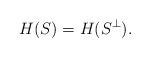
LaTeX: \begin{align*} H(S) = H(S^{\perp}).\end{align*}